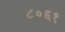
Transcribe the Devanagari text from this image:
८०६१